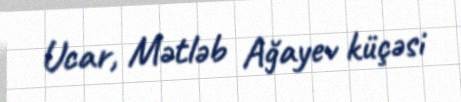
Ucar, Mətləb Ağayev küçəsi